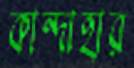
কান্দাহার